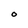
Character: O